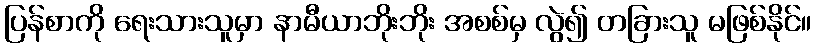
ပြန်စာကို ရေးသားသူမှာ နာမီယာဘိုးဘိုး အစစ်မှ လွဲ၍ တခြားသူ မဖြစ်နိုင်။